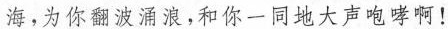
海。为你翻波涌浪，和你一同地大声咆哮啊！